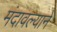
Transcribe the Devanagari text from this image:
मंदावल्याने